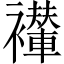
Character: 𫌖